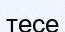
тесе